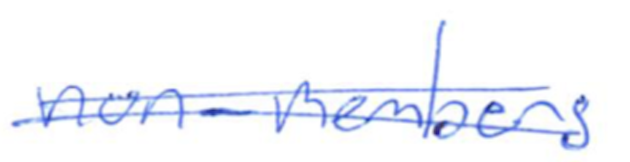
Text: non-members
Cross-out: double-line
Writing tool: ballpoint